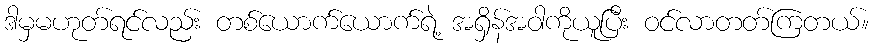
ဒါမှမဟုတ်ရင်လည်း တစ်ယောက်ယောက်ရဲ့ အရှိန်အဝါကိုယူပြီး ဝင်လာတတ်ကြတယ်။